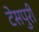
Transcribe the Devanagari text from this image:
टेसपुरी